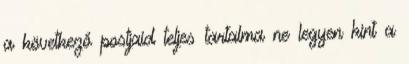
a következő postjaid teljes tartalma ne legyen kint a